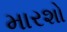
મારશો